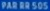
PAR-RN-509